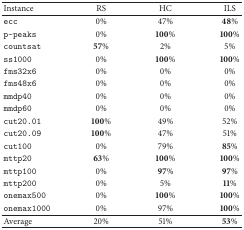
| Instance | RS | HC | ILS |
 | --- | --- | --- | --- |
 | ecc | 0% | 47% | 48% |
 | p-peaks | 0% | 100% | 100% |
 | countsat | 57% | 2% | 5% |
 | ss1000 | 0% | 100% | 100% |
 | fms32x6 | 0% | 0% | 0% |
 | fms48x6 | 0% | 0% | 0% |
 | mmdp40 | 0% | 0% | 0% |
 | mmdp60 | 0% | 0% | 0% |
 | cut20.01 | 100% | 49% | 52% |
 | cut20.09 | 100% | 47% | 51% |
 | cut100 | 0% | 79% | 85% |
 | mttp20 | 63% | 100% | 100% |
 | mttp100 | 0% | 97% | 97% |
 | mttp200 | 0% | 5% | 11% |
 | onemax500 | 0% | 100% | 100% |
 | onemax1000 | 0% | 97% | 100% |
 | Average | 20% | 51% | 53% |